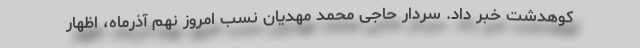
کوهدشت خبر داد. سردار حاجی محمد مهدیان نسب امروز نهم آذرماه، اظهار